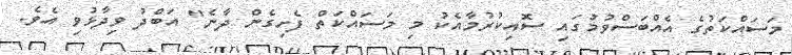
މަސައްކަތުގެ އެއްބަސްވުމުގައި ސޮއިކުރުމާއެކު މި މަސައްކަތް ފެށިގެން ދާނެ" އަބްދު ވިދާޅުވި އެވެ.